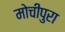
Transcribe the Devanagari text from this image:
मोचीपुरा